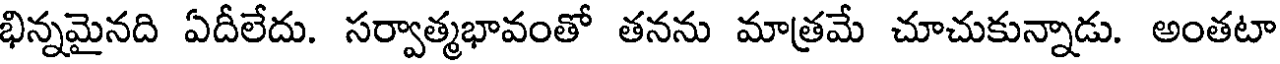
భిన్నమైనది ఏదీలేదు. సర్వాత్మభావంతో తనను మాత్రమే చూచుకున్నాడు. అంతటా